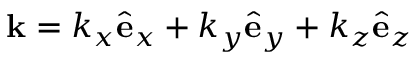
{ \bf k } = k _ { x } { \hat { \bf e } } _ { x } + k _ { y } { \hat { \bf e } } _ { y } + k _ { z } { \hat { \bf e } } _ { z }